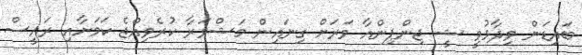
ބައިޑަން ވިދާޅުވީ ޝީ ޖިންޕިންއާ ވަރަށް ގިނައިން މަޝްވަރާ ކުރެވިއްޖެ ކަމަށާއި ރައީސް